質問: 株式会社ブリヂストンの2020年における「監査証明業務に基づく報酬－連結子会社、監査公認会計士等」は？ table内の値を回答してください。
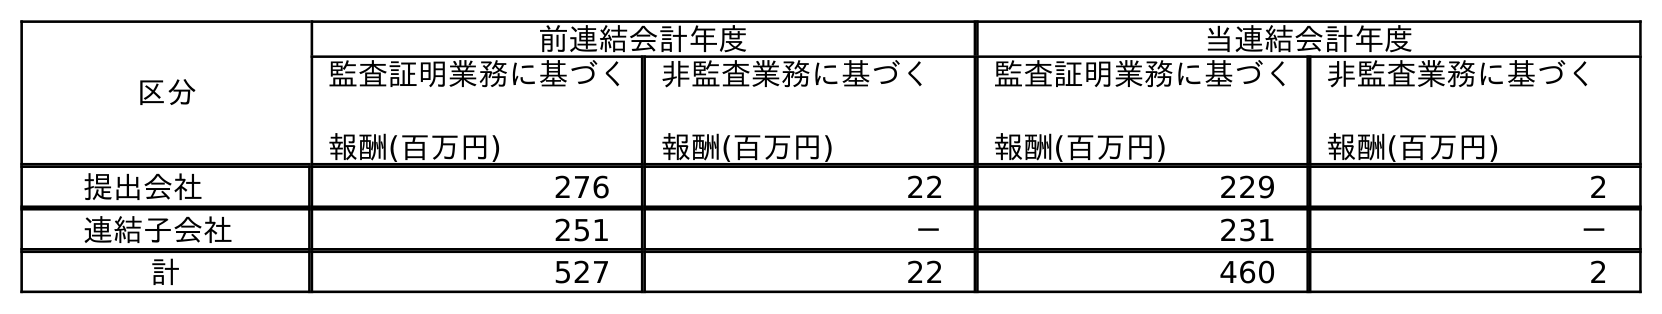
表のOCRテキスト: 区分 前連結会計年度 当連結会計年度 監査証明業務に基づく 報酬(百万円) 非監査業務に基づく 報酬(百万円) 監査証明業務に基づく 報酬(百万円) 非監査業務に基づく 報酬(百万円) 提出会社 276 22 229 2 連結子会社 251 － 231 － 計 527 22 460 2
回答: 231